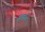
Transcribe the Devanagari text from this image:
गुलाबि